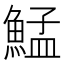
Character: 鯭